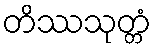
တိဿသုတ္တံ